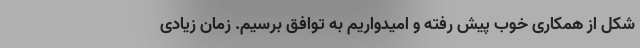
شکل از همکاری خوب پیش رفته و امیدواریم به توافق برسیم. زمان زیادی